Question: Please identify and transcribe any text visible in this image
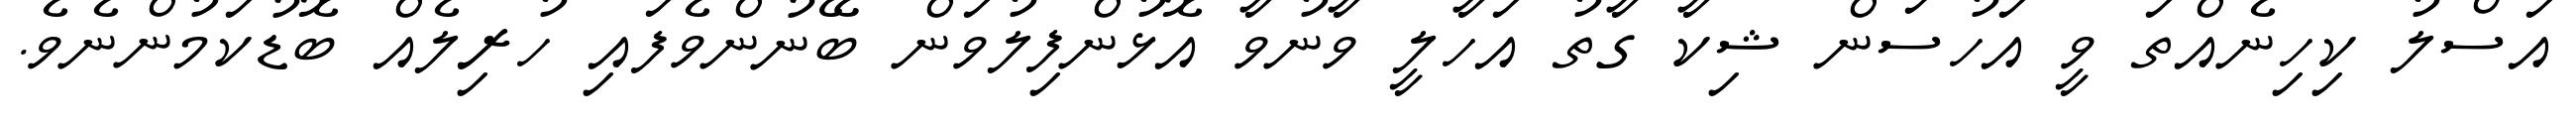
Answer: އަސްލު ކިހިނެއްތަ ވީ އަހުސަން ޝިކާ ގާތު އަހާލީ ވާނުވާ އޮޅުންފިލުވަން ބޭނުންވެފައި ހުރިލެއް ބޮޑުކަމުންނެވެ.